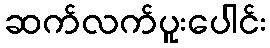
ဆက်လက်ပူးပေါင်း